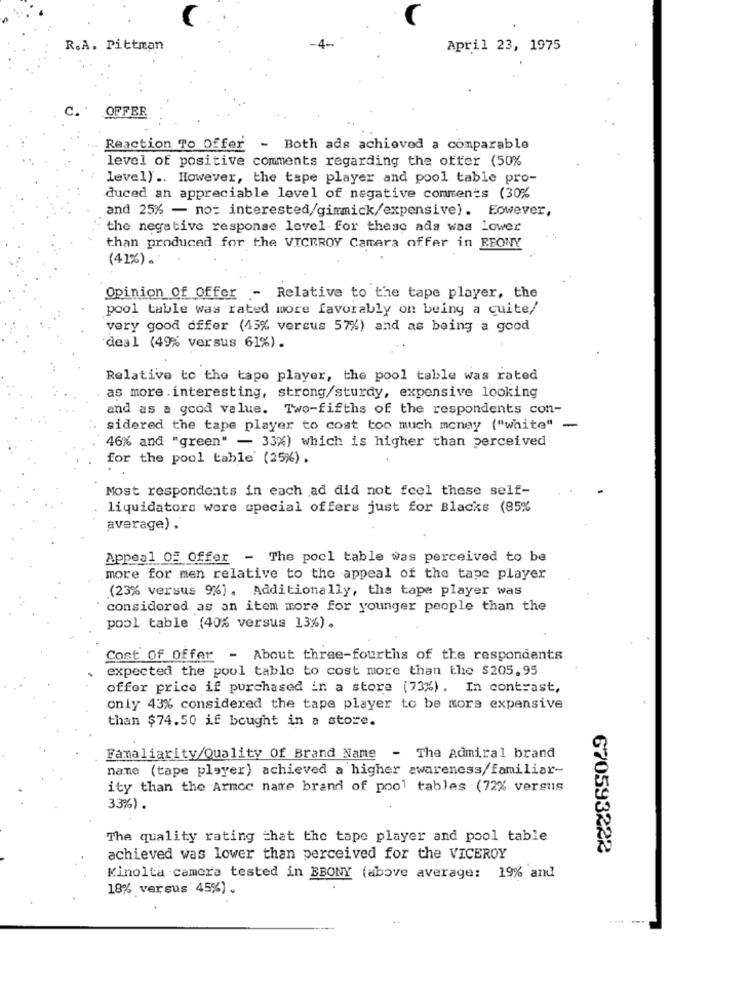
R.A. Pittman
April 23, 1975
C.
OFFER
Reaction To Offer
- Both ads achieved a comparable
level of positive comments regarding the offer (50%
level) .. However, the tape player and pool table pro-
duced an appreciable level of negative comments (30%
and 25% - not interested/gimmick/expensive). Eowever,
the negative response level for these ads was lower
than produced for the VICEROY Camera offer in REONY
(41%) .
Opinion Of Offer - Relative to the tape player, the
pool table was rated more favorably on being a quite/
very good offer (45% versus 57%) and as being a good
deal (49% versus 61%).
Relative to the tape player, the pool table was rated
as more .interesting, strong/sturdy, expensive looking
and as a good value. Two-fifths of the respondents con-
sidered the tape player to cost too much money ("white"
-
46% and "green" - 33%) which is higher than perceived
for the pool table (25%) .
Most respondents in each ad did not feel these self-
liquidators were special offers just for Blacks (85%
average) .
Appeal OF Offer - The pool table was perceived to be
more for men relative to the appeal of the tape player
(23% versus 9%). Additionally, the tape player was
considered as an item more for younger people than the
pool table (40% versus 13%) .
Cost Of Offer - About three-fourths of the respondents
expected the pool table to cost more than the $205.95
offer price if purchased in a store (73%). In contrast,
only 43% considered the tape player to be more expensive
than $74.50 if bought in a store.
Famaliarity/Quality Of Brand Name - The Admiral brand
name (tape player) achieved a higher awareness/familiar-
ity than the Armoc name brand of pool tables (72% versus
33%).
The quality rating that the tape player and pool table
670593222
achieved was lower than perceived for the VICEROY
Minolta camera tested in EBONY (above average: 19% and
18% versus 45%) .
---